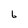
Character: 6